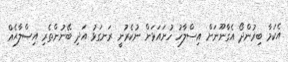
އެކަމާ ބިރުންދޯ އެގާނޫނަށް އިސްލާހު ހުށައަޅަން ނުކެރުނީ ރަނގަޅު އަދި ބޭނުންތެރި އިޞްލާޙެއް